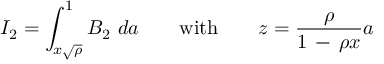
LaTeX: I _ { 2 } = \int _ { x \sqrt { \rho } } ^ { 1 } B _ { 2 } \ d a \qquad \mathrm { w i t h } \qquad { \displaystyle z = { \frac { \rho } { 1 \, - \, \rho x } } a }